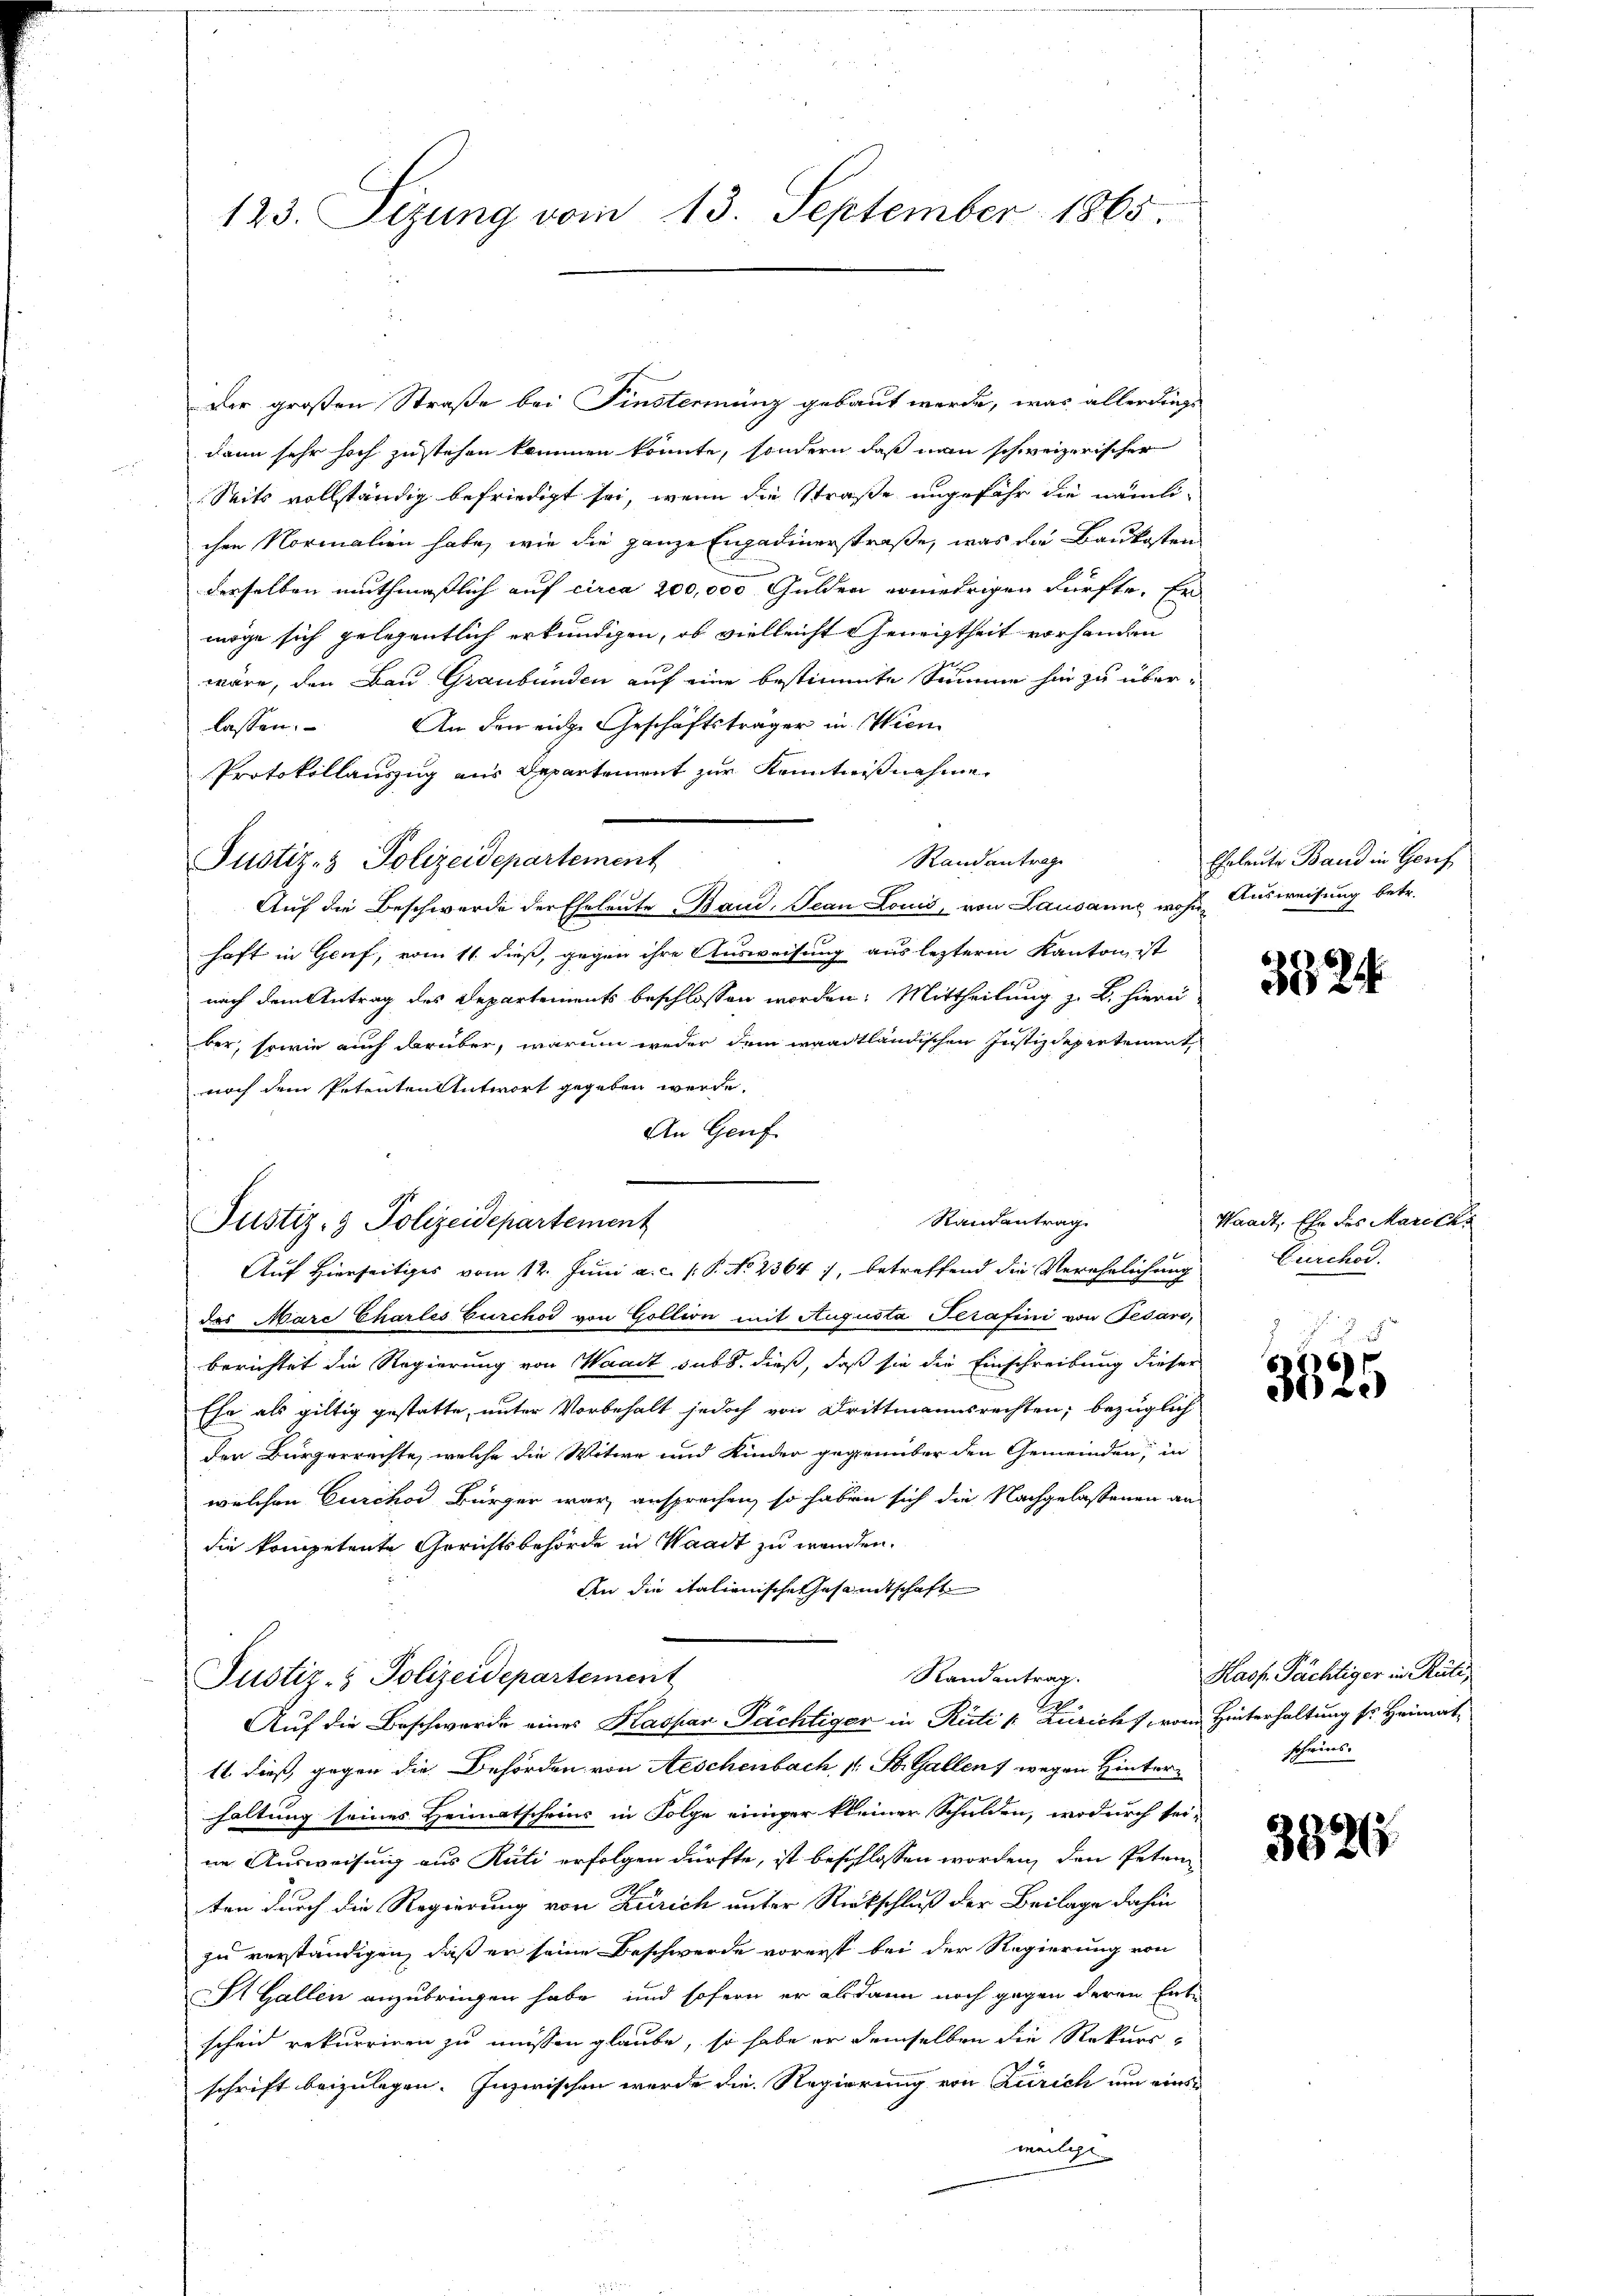
123. Sizung vom 13. September 1865.

Der großen Straße bei Finstermünz gebaut werde, was allerdings
dann sehr hoch zu stehen kommen könnte, sondern daß man schweizerischer
Seits vollständig befriedigt sei, wenn die Straße ungefähr die nämlichen Normalien habe, wie die ganze Engadinerstraße, was die Baukosten
derselben muthmaßlich auf circa 200,000 Gulden erniedrigen dürfte. Er
möge sich gelegentlich erkundigen, ob vielleicht geregtheit vorhanden
wäre, den Bau Graubünden auf eine bestimmte Summe hin zu über¬
An den eige Geschäftsträger in Wien
lassen.
Protokollauszug aus Departement zur Kenntnißnahme
Randantrage
Justiz- & Polizeidepartement
Auf die Beschwerde der Eheleute Band, Jean Louis, von Lausanne wohl Ausweisung betr.
haft in Genf, vom 11. dieß, gegen ihre Ausweisung aus lezterm Kanton ist
nach dem Antrag des Departements beschlossen worden. Mittheilung z. B. hierei
ber, sowie auch darüber, warum weder dem waadtländischen Justizdepertement
noch dem Petenten Antwort gegeben werde.
An Genf
des Marc Charles Furchod von Gollion mit Augusta Serafini von Pesaro,
berichtet die Regierung von Waadt, sub. dieß, daß sie die Einschreibung dieser
Ehe als giltig gestatte, unter Vorbehalt jedoch von Drittmannsrechten, bezüglich
den Bürgerrechte, welche die Witwe und Kinder gegenüber den Gemeinden, in
welchen Curchor Bürger war, ansprechen, so haben sich die Nachgelassenen an
die kompetente Gerichtsbehörde in Waadt zu werden.
An die italienische Gesamtschaft
Randantrag.
Justiz- & Polizeidepartement
Auf die Beschwerde eines Kaspar Pächtiger in Rüti k: Züricht, vom Hinterhaltung so Heimat¬
11. dieß gegen die Behörden von Aeschenbach 1 St. Gallen wegen Hinterhaltung seines Heimatscheins in Folge einiger kleiner Schulden, wodurch sei-
ne Ausweisung aus Rüti erfolgen dürfte, ist beschlossen worden, den Petenten durch die Regierung von Zürich unter Rückschluß der Beilage dahin
zu verständigen, daß er seine Beschwerde vorerst bei der Regierung von
St. Gallen anzubringen habe, und sofern er alsdann noch gegen deren Entscheid rekurriren zu müssen glaube, so habe er demselben die Rekursschrift beizulegen. Inzwischen werde die Regierung von Zürich um eins
weilige

Randantrag.
Justiz- & Polizeidepartement
Auf Hierseitiges vom 12. Juni a.c. (: P. No 2364), betreffend die Verehrlichung

Eheleute Band in Geref

3824

Waadt, Ehe des Maricka
Zurchod.

3525

Haof Pächtiger in Rüti,
scheins.

382